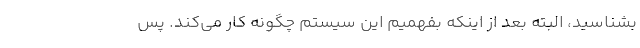
بشناسید، البته بعد از اینکه بفهمیم این سیستم چگونه کار می‌کند. پس